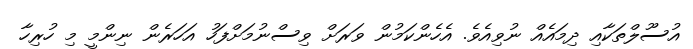
އުސޫލްތަކާއި ދިމައެއް ނުވިއެވެ. އެހެންކަމުން ވަރަށް ވިސްނުމަށްފަހު އަހަރެން ނިންމީ މި ހުރިހާ